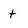
Character: t